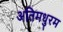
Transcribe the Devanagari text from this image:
अतिमधुरम